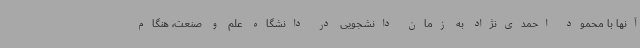
آنها با محمود احمدی‌نژاد به زمان دانشجویی در دانشگاه علم و صنعت، هنگام